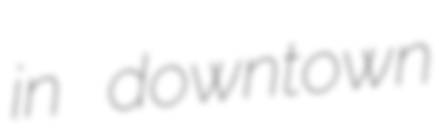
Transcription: in downtown